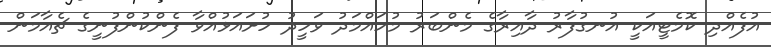
އުފެއްދި ކޮމެޓީއަކީ އުނގުފާރު ދާއިރާގެ މެންބަރު މުހައްމަދު ވަހީދު ހުށައަޅުއްވާ ފެންކުންފުނީގެ ޗެއާމަން